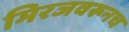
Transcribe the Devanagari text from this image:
मिरजवरूनच